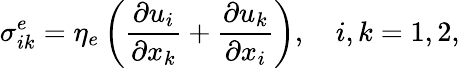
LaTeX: \sigma_{ik}^{e}=\eta_{e}\left(\frac{\partial u_{i}}{\partial x_{k}}+\frac{\partial u_{k}}{\partial x_{i}}\right),\quad i,k=1,2,